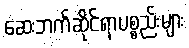
ဆေးဘက်ဆိုင်ရာပစ္စည်းများ